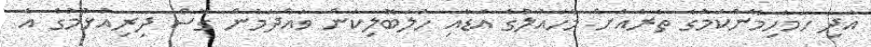
އަދި ހަމަހިމޭންކަމުގެ ތެރެއަށް މާހައުލުގެ އަޑާއި ހަލަބޮލިކަން ވައްދަމުން ގޮސް ދިރިއުޅުމުގެ އެ